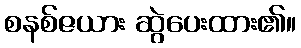
စနစ်ဇယား ဆွဲပေးထား၏။